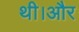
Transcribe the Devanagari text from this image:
थी।और